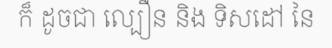
ក៏ ដូចជា ល្បឿន និង ទិសដៅ នៃ